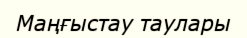
Маңғыстау таулары